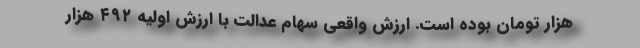
هزار تومان بوده است. ارزش واقعی سهام عدالت با ارزش اولیه ۴۹۲ هزار